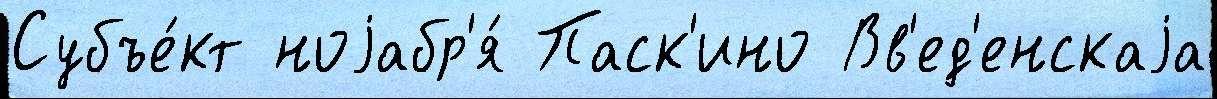
Субъе́кт ноjабр'я́ Паск'ино Вв'ед'енскаjа